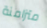
متزامنة